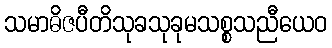
သမာဓိဇပီတိသုခသုခုမသစ္စသညီယေဝ